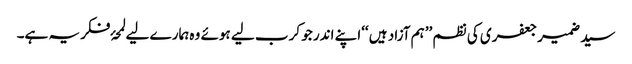
سید ضمیر جعفری کی نظم ’’ہم آزاد ہیں ‘‘اپنے اندر جو کرب لیے ہوئے وہ ہمارے لیے لمحۂ فکریہ ہے۔